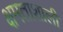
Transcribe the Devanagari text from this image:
क्षमताशाली